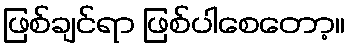
ဖြစ်ချင်ရာ ဖြစ်ပါစေတော့။